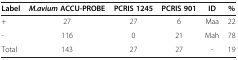
| Label | M.avium ACCU-PROBE | PCRIS 1245 | PCRIS 901 | ID | % |
 | --- | --- | --- | --- | --- | --- |
 | + | 27 | 27 | 6 | Maa | 22 |
 | - | 116 | 0 | 21 | Mah | 78 |
 | Total | 143 | 27 | 27 | - | 19 |